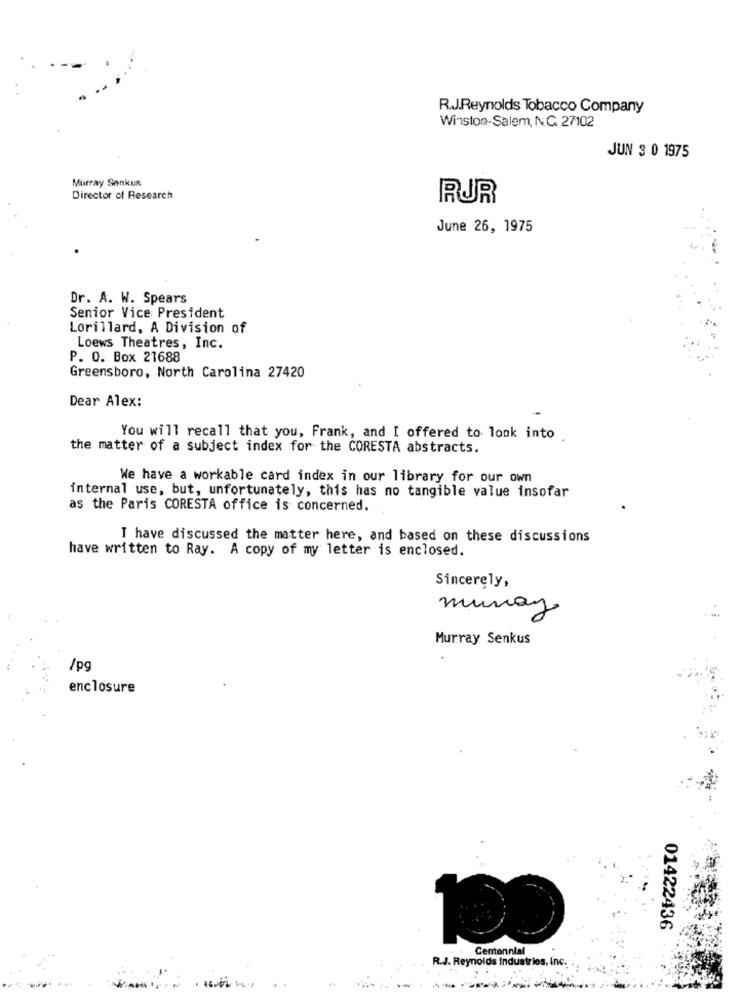
R.J.Reynolds Tobacco Company
Winston-Salem, N.C. 27102
JUN 3 0 1975
Murray Senkun
Director of Research
RUR
June 26, 1975
Dr. A. W. Spears
Senior Vice President
Lorillard, A Division of
Loews Theatres, Inc.
P. O. Box 21688
Greensboro, North Carolina 27420
Dear Alex:
You will recall that you, Frank, and I offered to look into
the matter of a subject index for the CORESTA abstracts.
We have a workable card index in our library for our own
internal use, but, unfortunately, this has no tangible value insofar
as the Paris CORESTA office is concerned.
I have discussed the matter here, and based on these discussions
have written to Ray. A copy of my letter is enclosed.
Sincerely,
munay
Murray Senkus
/pg
enclosure
01422436
Centennial
R.J. Reynolds Industries, Inc.
--